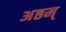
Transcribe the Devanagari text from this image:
अष्ठम्‌